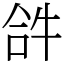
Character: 𤙖